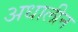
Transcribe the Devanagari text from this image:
अधालीन